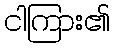
ငါကြား၏